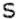
S